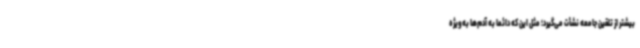
بیشتر از تلقین جامعه نشأت می‌گیرد؛ مثل این که دائماً به آدم‌ها به‌ویژه